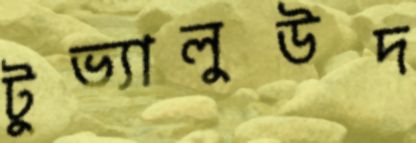
টুভ্যালুউদ